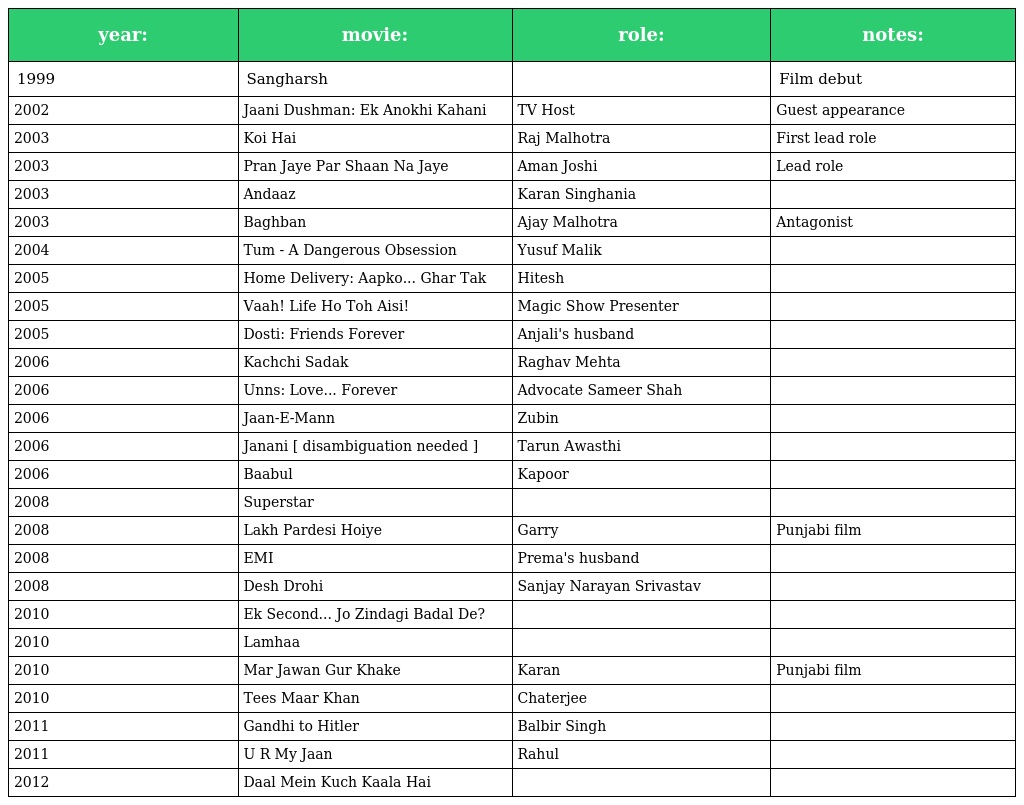
| year: | movie: | role: | notes: |
 | --- | --- | --- | --- |
 | 1999 | Sangharsh |  | Film debut |
 | 2002 | Jaani Dushman: Ek Anokhi Kahani | TV Host | Guest appearance |
 | 2003 | Koi Hai | Raj Malhotra | First lead role |
 | 2003 | Pran Jaye Par Shaan Na Jaye | Aman Joshi | Lead role |
 | 2003 | Andaaz | Karan Singhania |  |
 | 2003 | Baghban | Ajay Malhotra | Antagonist |
 | 2004 | Tum - A Dangerous Obsession | Yusuf Malik |  |
 | 2005 | Home Delivery: Aapko... Ghar Tak | Hitesh |  |
 | 2005 | Vaah! Life Ho Toh Aisi! | Magic Show Presenter |  |
 | 2005 | Dosti: Friends Forever | Anjali's husband |  |
 | 2006 | Kachchi Sadak | Raghav Mehta |  |
 | 2006 | Unns: Love... Forever | Advocate Sameer Shah |  |
 | 2006 | Jaan-E-Mann | Zubin |  |
 | 2006 | Janani [ disambiguation needed ] | Tarun Awasthi |  |
 | 2006 | Baabul | Kapoor |  |
 | 2008 | Superstar |  |  |
 | 2008 | Lakh Pardesi Hoiye | Garry | Punjabi film |
 | 2008 | EMI | Prema's husband |  |
 | 2008 | Desh Drohi | Sanjay Narayan Srivastav |  |
 | 2010 | Ek Second... Jo Zindagi Badal De? |  |  |
 | 2010 | Lamhaa |  |  |
 | 2010 | Mar Jawan Gur Khake | Karan | Punjabi film |
 | 2010 | Tees Maar Khan | Chaterjee |  |
 | 2011 | Gandhi to Hitler | Balbir Singh |  |
 | 2011 | U R My Jaan | Rahul |  |
 | 2012 | Daal Mein Kuch Kaala Hai |  |  |